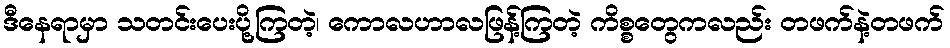
ဒီနေရာမှာ သတင်းပေးပို့ကြတဲ့၊ ကောလဟာလဖြန့်ကြတဲ့ ကိစ္စတွေကလည်း တဖက်နဲ့တဖက်